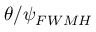
\theta / { { \psi } _ { F W M H } }